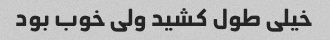
خیلی طول کشید ولی خوب بود